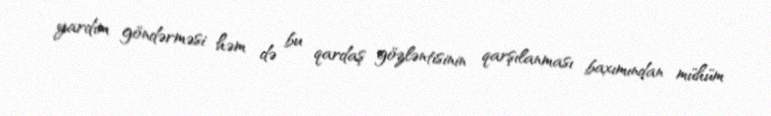
yardım göndərməsi həm də bu qardaş gözləntisinin qarşılanması baxımından mühüm